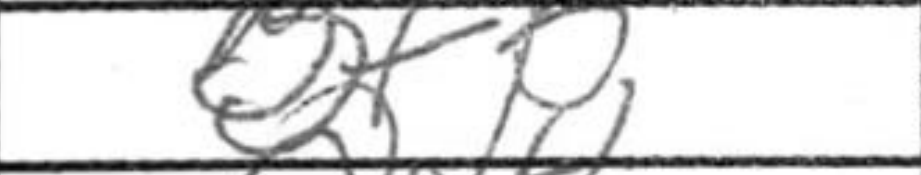
Transcription: Bf5